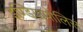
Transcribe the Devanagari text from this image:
इण्डियापोलिस